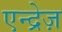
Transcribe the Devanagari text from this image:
एन्द्रेज़